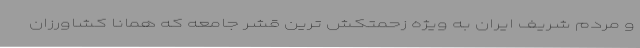
و مردم شریف ایران به ویژه زحمتکش ترین قشر جامعه که همانا کشاورزان